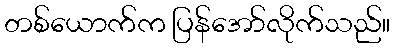
တစ်ယောက်က ပြန်အော်လိုက်သည်။